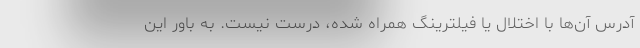
آدرس آن‌ها با اختلال یا فیلترینگ همراه شده، درست نیست. به باور این